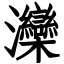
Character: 灤